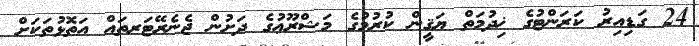
24 ގަޑިއިރު ކަރަންޓުގެ ޚިދުމަތް ޔަޤީން ކުރުމުގެ މަޝްރޫޢުގެ ދަށުން ޖެނެރޭޓަރތައް އަތޮޅުތަކަށް